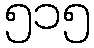
၅၁၅